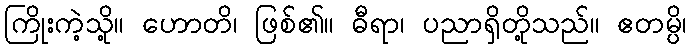
ကြိုးကဲ့သို့။ ဟောတိ၊ ဖြစ်၏။ ဓီရာ၊ ပညာရှိတို့သည်။ ဧတမ္ပိ၊